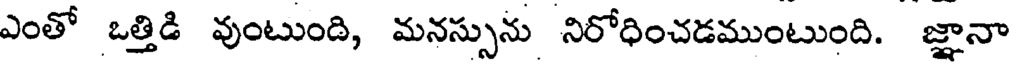
ఎంతో ఒత్తిడి వుంటుంది, మనస్సును నిరోధించడముంటుంది. జ్ఞానా